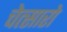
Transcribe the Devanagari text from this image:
चेत्सारो